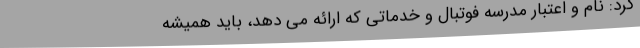
کرد: نام و اعتبار مدرسه فوتبال و خدماتی که ارائه می دهد، باید همیشه